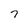
Character: 7